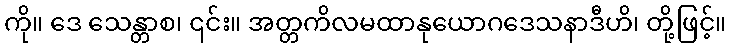
ကို။ ဒေ သေန္တာစ၊ ၎င်း။ အတ္တကိလမထာနုယောဂဒေသနာဒီဟိ၊ တို့ဖြင့်။